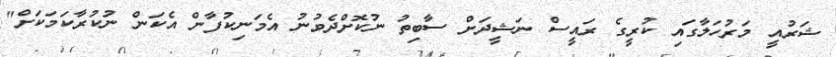
ޝަރުއީ މަރުހަލާގައި ކުރީގެ ރައީސް ނަޝީދަށް ސާބިތު ނުކޮށްދެވުނު އެމަނިކުފާން އެކަން ނުކުރާކަމަކަށް"